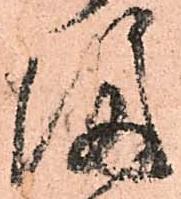
隔